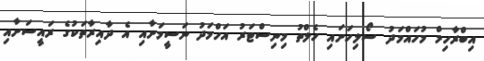
އިބްރާހިމް މުހައްމަދު ސޯލިހަށައި ހެލްތު މިނިސްޓަރު އަހްމަދު ނަސީމަށާއި އެ ދާއިރާތަކުގެ ރައީސަށާއި